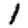
Digit: 1